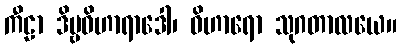
ကီဠာ ဒိဗ္ဗဝိဟာရာဒေါ၊ ဝိဟာရော သုဂတာလယေ။